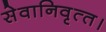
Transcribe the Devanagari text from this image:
सेवानिवृत्‍त।